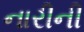
નારીની